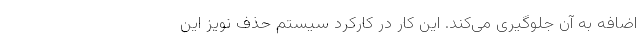
اضافه به آن جلوگیری می‌کند. این کار در کارکرد سیستم حذف نویز این